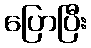
ပြောပြီး